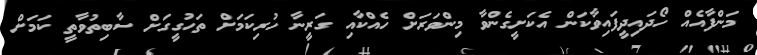
މަންފާއެއް ހޯދައިދީފައިވާކަން އެކަށީގެންވާ މިންވަރަށް ހެއްކާއި ގަރީނާ ހުރިކަމަށް ތަހުގީގަށް ސާބިތުވާތީ ކަމަށް